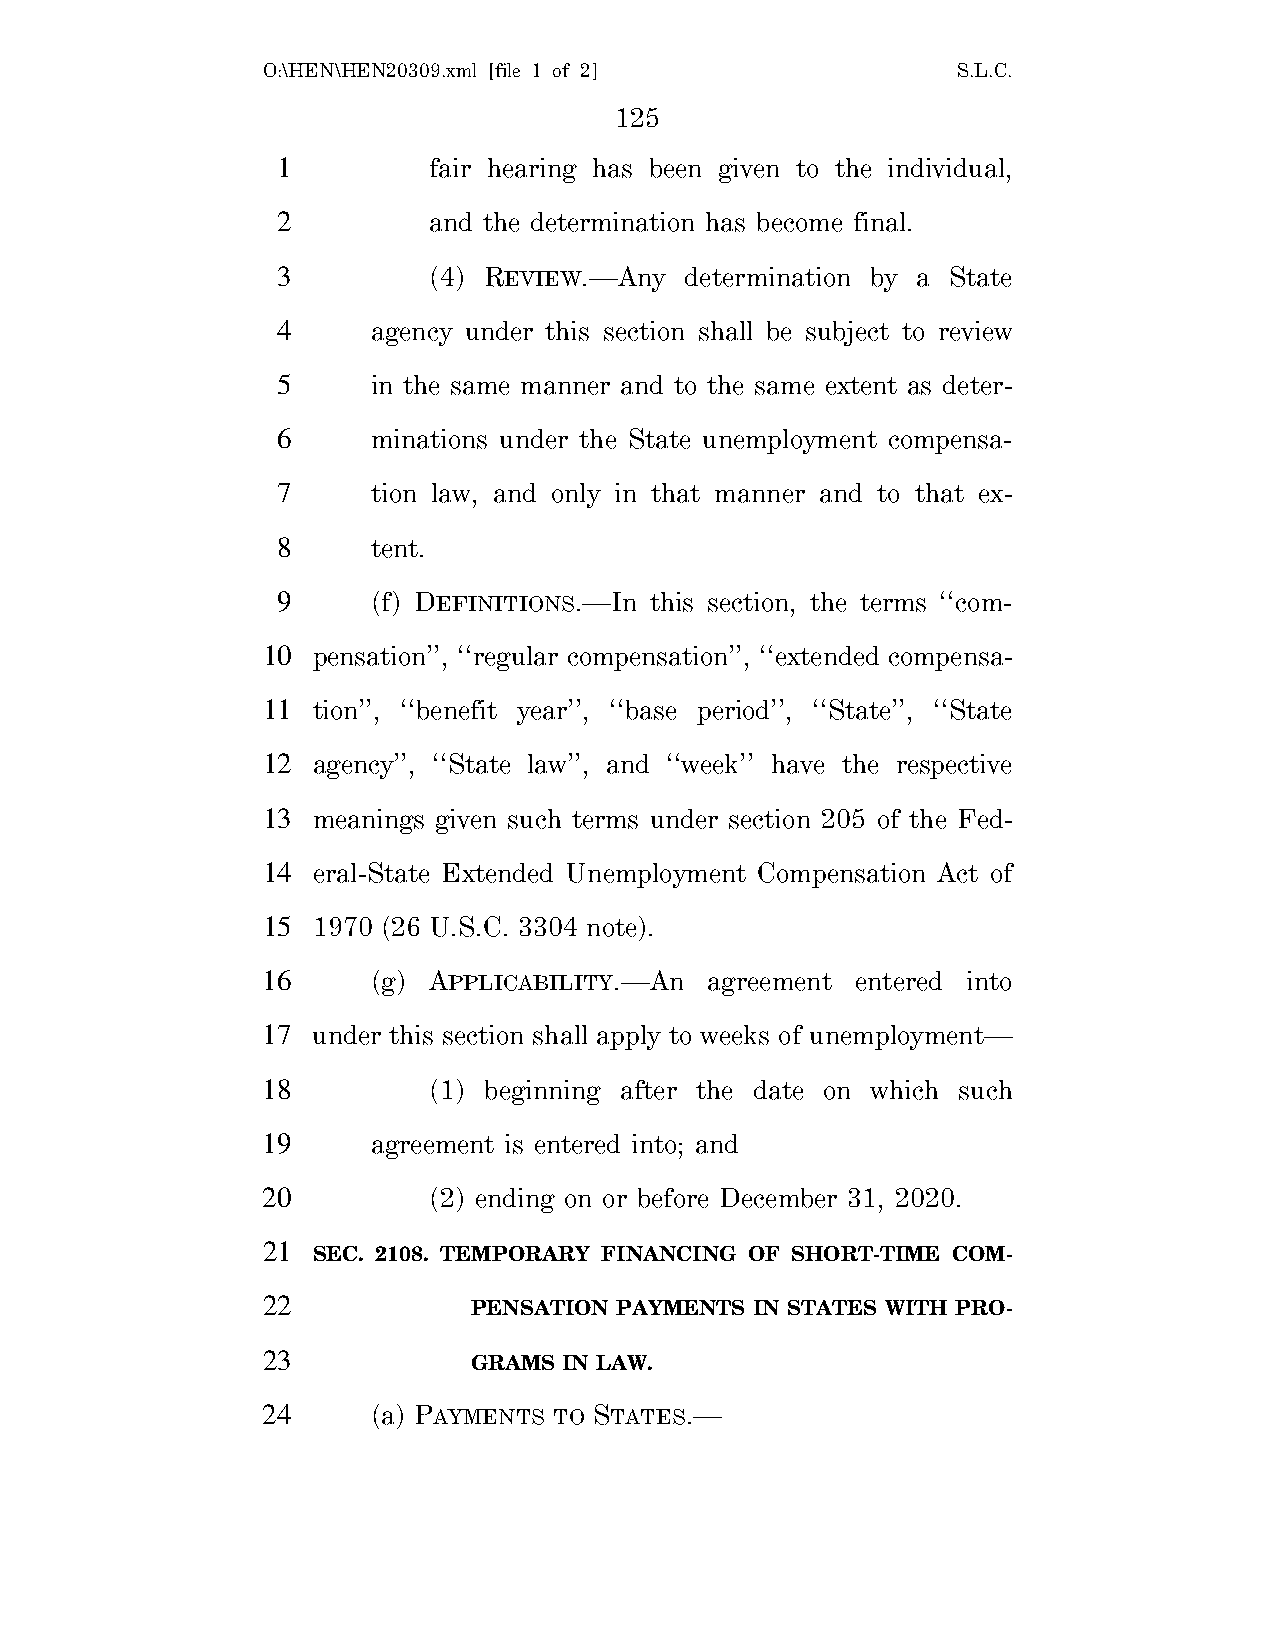
O:\HEN\HEN20309.xml [file 1 of 2]             S.L.C.
 125
 1         fair hearing has been given to the individual,
 2         and the determination has become final.
 3         (4) REVIEW.—Any  determination by a State
 4      agency under this section shall be subject to review
 5      in the same manner and to the same extent as deter-
 6      minations under the State unemployment compensa-
 7      tion law, and only in that manner and to that ex-
 8      tent.
 9      (f) DEFINITIONS.—In this section, the terms ‘‘com-
 10  pensation’’, ‘‘regular compensation’’, ‘‘extended compensa-
 11  tion’’, ‘‘benefit year’’, ‘‘base period’’, ‘‘State’’, ‘‘State
 12  agency’’, ‘‘State law’’, and ‘‘week’’ have the respective
 13  meanings given such terms under section 205 of the Fed-
 14  eral-State Extended Unemployment Compensation Act of
 15  1970 (26 U.S.C. 3304 note).
 16      (g) APPLICABILITY.—An agreement entered into
 17  under this section shall apply to weeks of unemployment—
 18         (1) beginning after the date on which such
 19      agreement is entered into; and
 20         (2) ending on or before December 31, 2020.
 21
 SEC. 2108. TEMPORARY FINANCING OF SHORT-TIME COM-
 22
 PENSATION PAYMENTS IN STATES WITH PRO-
 23
 GRAMS IN LAW.
 24      (a) PAYMENTS TO STATES.—